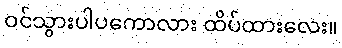
ဝင်သွားပါပကောလား ထိပ်ထားလေး။